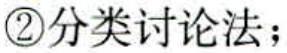
\textcircled{2}分类讨论法；